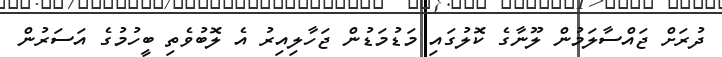
ދުރަށް ޖައްސާލަމުން ލޫނާގެ ކޮލުގައި މަޑުމަޑުން ޖަހާލިއިރު އެ ލޮބުވެތި ބީހުމުގެ އަސަރުން